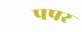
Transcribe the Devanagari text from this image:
पपर